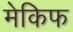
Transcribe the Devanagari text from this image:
मेकिफ